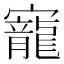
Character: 寵